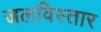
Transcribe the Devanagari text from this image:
जलविस्तार